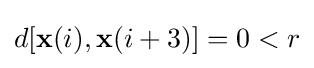
d[\mathbf {x} (i),\mathbf {x} (i+3)]=0<r